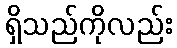
ရှိသည်ကိုလည်း